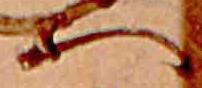
へ